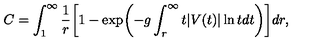
C = \int _ { 1 } ^ { \infty } { \frac { 1 } { r } } \biggl [ 1 - \exp \biggl ( - g \int _ { r } ^ { \infty } t | V ( t ) | \ln t d t \biggr ) \biggr ] d r ,